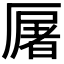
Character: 𠪡